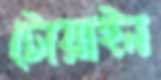
টোয়াইন